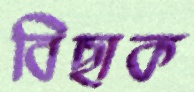
বিছাক